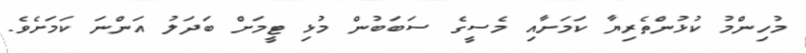
މުހިންމު ކުޅުންތެރިޔާ ކަމަށާއި މެސީގެ ސަބަބުން މުޅި ޓީމަށް ބަދަލު އަންނަ ކަމަށެވެ.